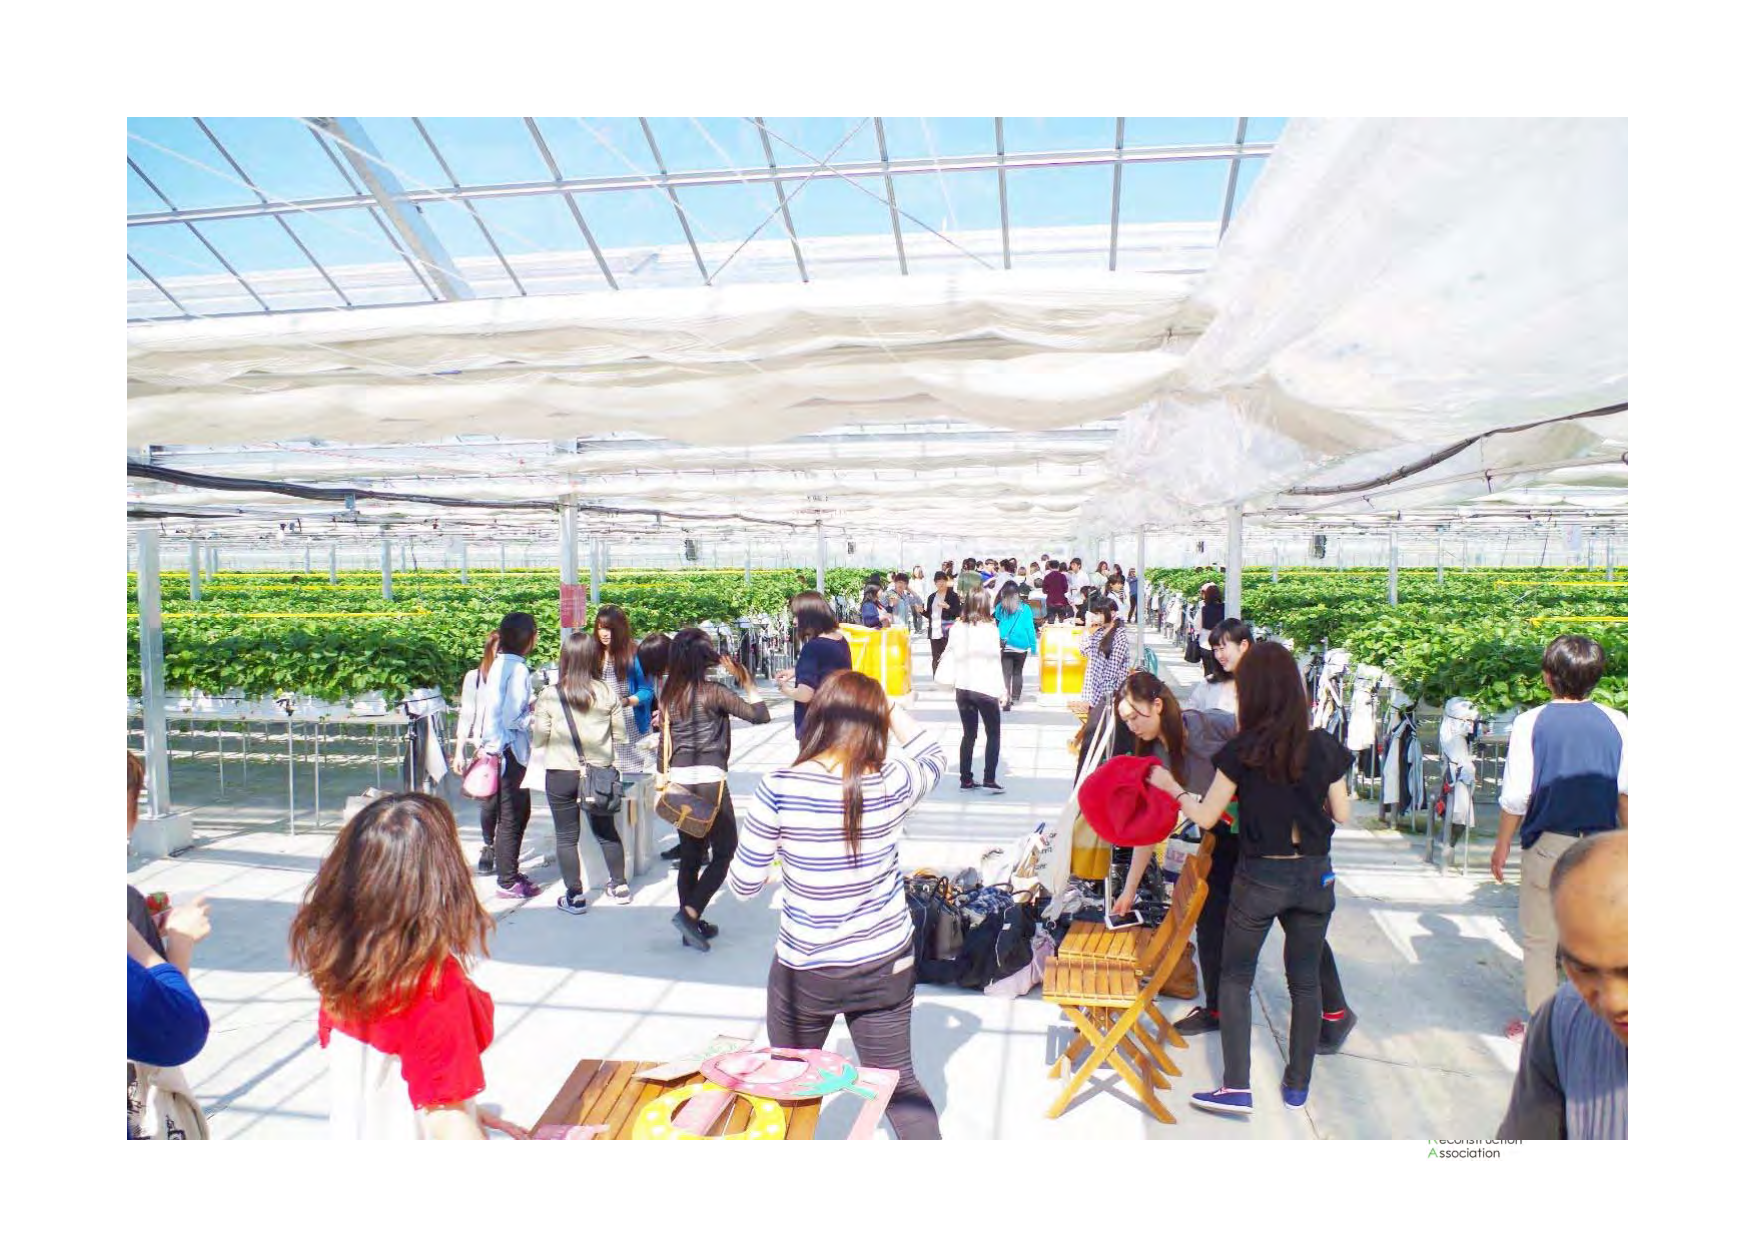
Researcher Association